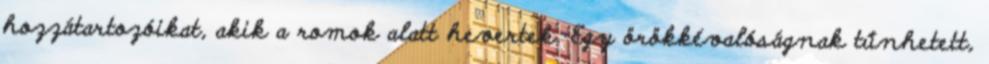
hozzátartozóikat, akik a romok alatt hevertek. Egy örökkévalóságnak tűnhetett,